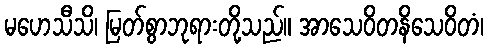
မဟေသီသိ၊ မြတ်စွာဘုရားတို့သည်။ အာသေဝိတနိသေဝိတံ၊